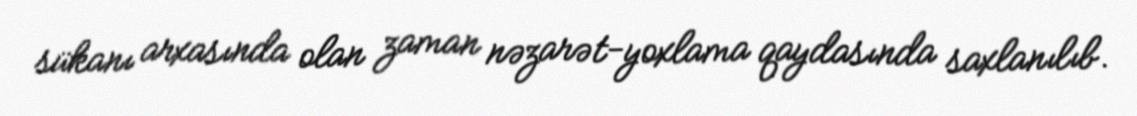
sükanı arxasında olan zaman nəzarət-yoxlama qaydasında saxlanılıb.